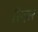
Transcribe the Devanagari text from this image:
रित्ज़र